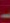
-